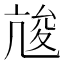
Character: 𠅣